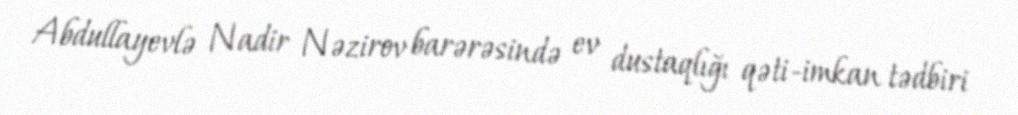
Abdullayevlə Nadir Nəzirov barərəsində ev dustaqlığı qəti-imkan tədbiri